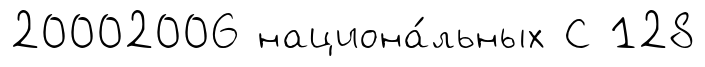
20002006 национа́льных С 128